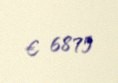
€ 6875